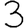
Digit: 3